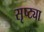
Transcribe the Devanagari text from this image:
सृष्ट्या